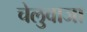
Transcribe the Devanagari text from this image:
चेलुवाजा